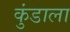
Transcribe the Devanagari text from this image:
कुंडाला